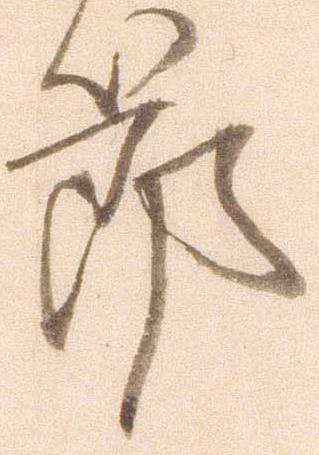
節